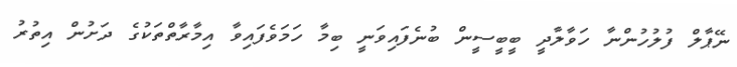
ނޭޕާލް ފުލުހުންނާ ހަވާލާދީ ބީބީސީން ބުނެފައިވަނީ ބިމާ ހަމަވެފައިވާ އިމާރާތްތަކުގެ ދަށުން އިތުރު